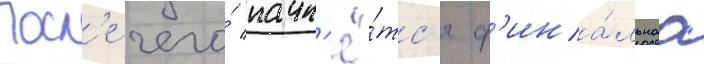
Посл'е чего́ начн'ё́тс'я ф'ина́льнаа